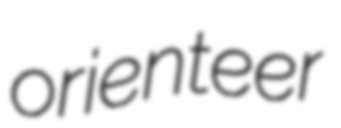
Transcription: orienteer